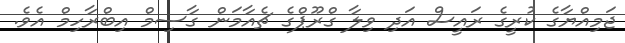
ޖަމިއްޔާގެ ކުރީގެ ރައީސް އަދި ވިލާ ގްރޫޕްގެ ޗެއާމަން ގާސިމް އިބްރާހިމް އެވެ.